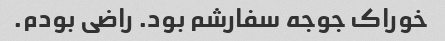
خوراک جوجه سفارشم بود. راضی بودم.